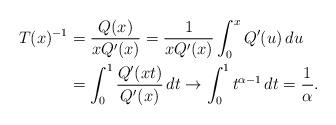
LaTeX: \begin{align*}T(x)^{-1}&=\frac{Q(x)}{xQ'(x)}=\frac{1}{xQ'(x)}\int_0^{x}Q'(u)\, du\\&=\int_0^1\frac{Q'(xt)}{Q'(x)}\, dt\rightarrow \int_0^1 t^{\alpha-1}\, dt=\frac{1}{\alpha}.\end{align*}